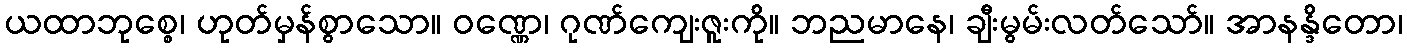
ယထာဘုစ္စေ၊ ဟုတ်မှန်စွာသော။ ဝဏ္ဏေ၊ ဂုဏ်ကျေးဇူးကို။ ဘညမာနေ၊ ချီးမွမ်းလတ်သော်။ အာနန္ဒိတော၊